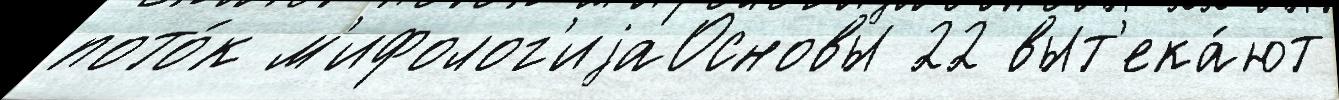
пото́к м'ифолог'иjаОсновы 22 выт'ека́ют